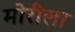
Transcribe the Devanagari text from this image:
मोरीला